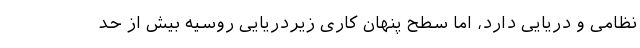
نظامی و دریایی دارد، اما سطح پنهان کاری زیردریایی روسیه بیش از حد